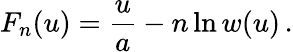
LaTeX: F_{n}(u)={\frac{u}{a}}-n\ln w(u)\, .